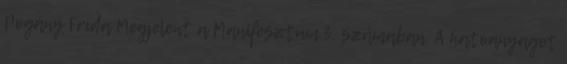
Pogány Frida Megjelent a Manifesztum 3. számában. A hatóanyagot